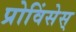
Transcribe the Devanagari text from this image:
प्रोविंसेस्